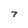
Character: 7